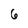
Character: 6